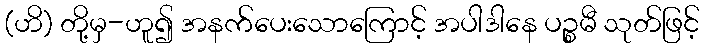
(ဟိ) တို့မှ-ဟူ၍ အနက်ပေးသောကြောင့် အပါဒါနေ ပဉ္စမီ သုတ်ဖြင့်